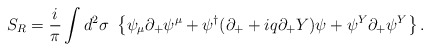
\begin{align*}S_R = \frac i{\pi}\int d^2\sigma\ \left\{ \psi_\mu\partial_+\psi^\mu +\psi^\dag(\partial_++iq\partial_+Y)\psi+\psi^Y\partial_+\psi^Y \right\}.\end{align*}